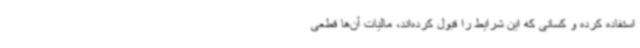
استفاده کرده و کسانی که این شرایط را قبول کرده‌اند، مالیات آن‌ها قطعی